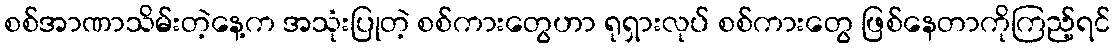
စစ်အာဏာသိမ်းတဲ့နေ့က အသုံးပြုတဲ့ စစ်ကားတွေဟာ ရုရှားလုပ် စစ်ကားတွေ ဖြစ်နေတာကိုကြည့်ရင်